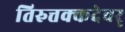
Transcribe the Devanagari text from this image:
तिरुत्तक्कदेवर्